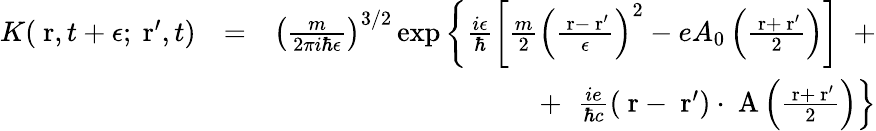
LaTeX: \begin{array}{rlr}{K(\mathrm{\mathbf~r},t+\epsilon;\mathrm{\mathbf~r}^{\prime},t)}&{=}&{\left(\frac{m}{2\pi i\hbar\epsilon}\right)^{3/2}\exp\left\{ \frac{i\epsilon}{\hbar}\left[\frac{m}{2}\left(\frac{\mathrm{\mathbf~r}-\mathrm{\mathbf~r}^{\prime}}{\epsilon}\right)^{2}-eA_{0}\left(\frac{\mathrm{\mathbf~r}+\mathrm{\mathbf~r}^{\prime}}{2}\right)\right]\; \; +\right.}\\ &{}&{\; \; \; \; \left.+\; \; \frac{ie}{\hbar c}(\mathrm{\mathbf~r}-\mathrm{\mathbf~r}^{\prime})\cdot\mathrm{\mathbf~A}\left(\frac{\mathrm{\mathbf~r}+\mathrm{\mathbf~r}^{\prime}}{2}\right)\right\} }\end{array}